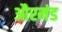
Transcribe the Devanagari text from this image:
औरमंड